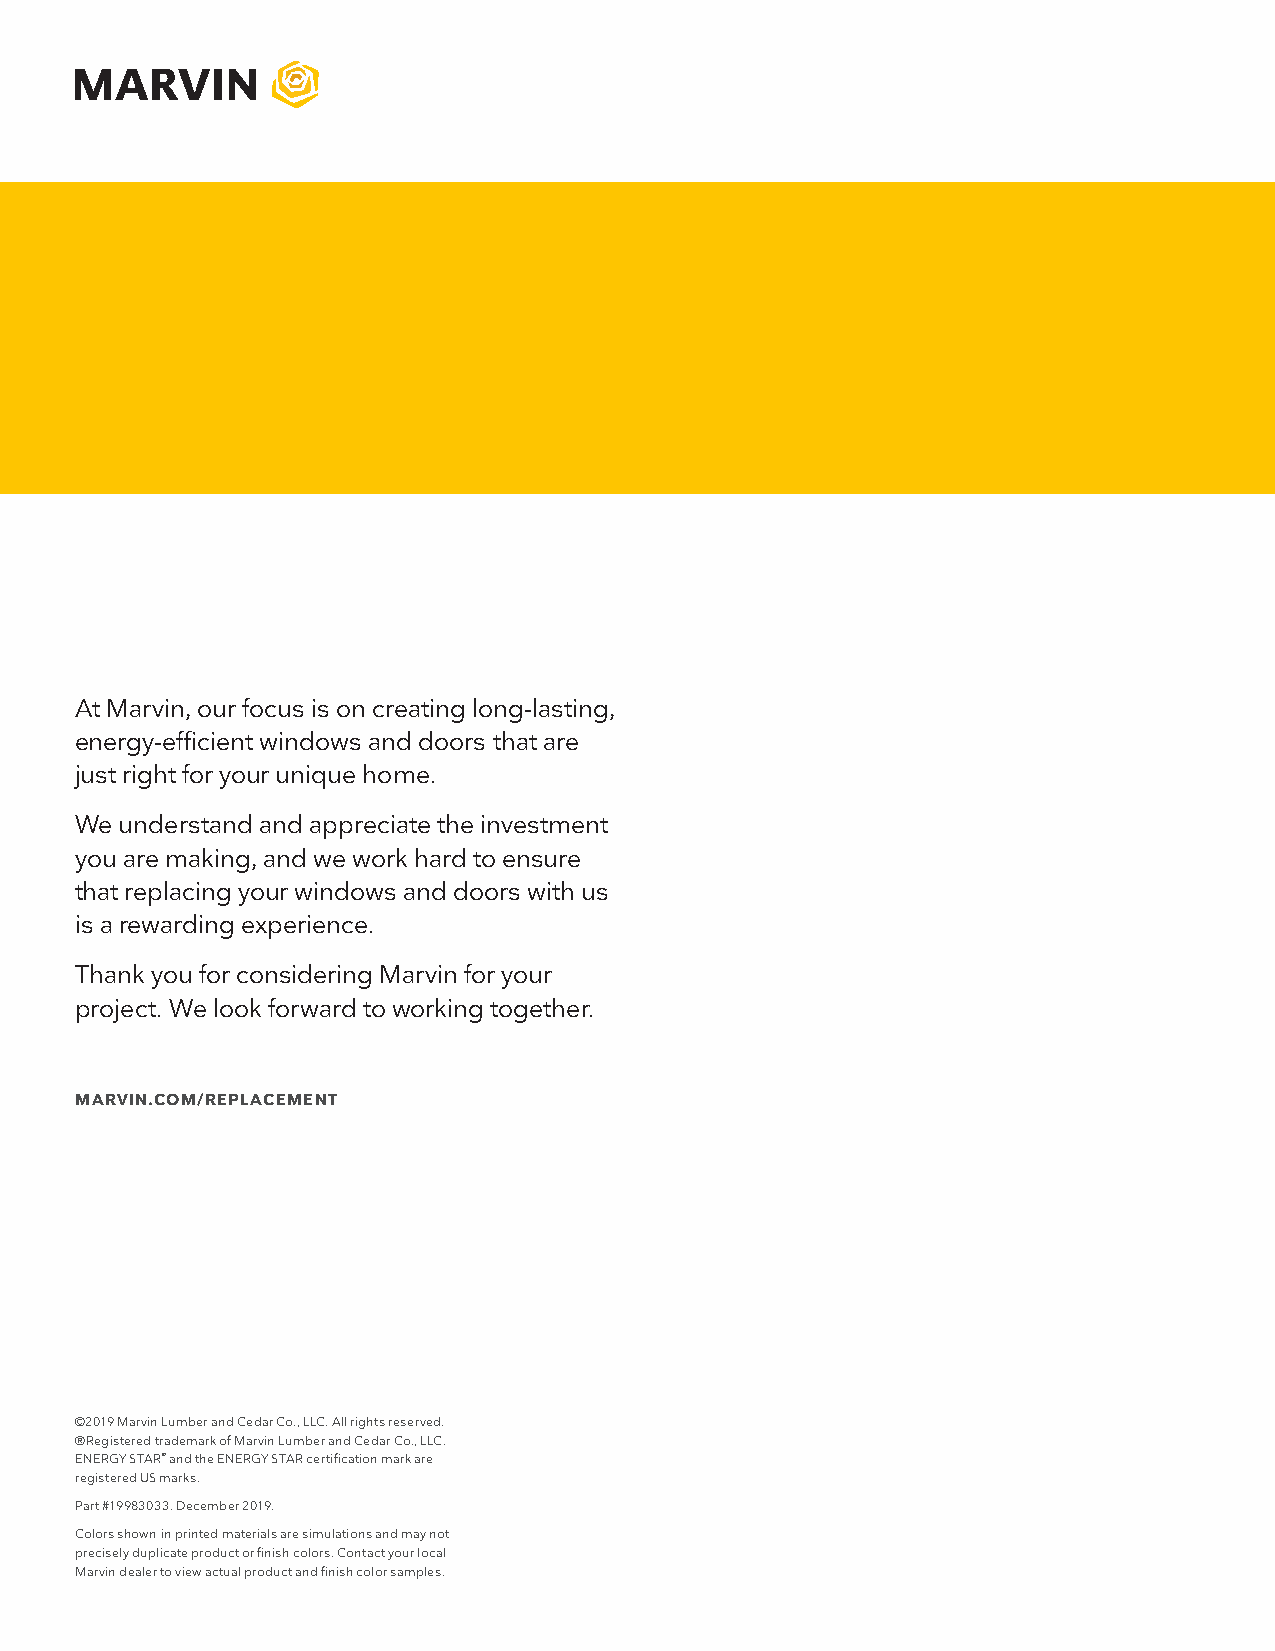
At Marvin, our focus is on creating long-lasting,
 energy-efficient windows and doors that are
 just right for your unique home.
 We understand and appreciate the investment
 you are making, and we work hard to ensure
 that replacing your windows and doors with us
 is a rewarding experience.
 Thank you for considering Marvin for your
 project. We look forward to working together.
 MARVIN.COM/REPLACEMENT
 ©2019 Marvin Lumber and Cedar Co., LLC. All rights reserved.
 ®Registered trademark of Marvin Lumber and Cedar Co., LLC.
 ENERGY STAR® and the ENERGY STAR certification mark are
 registered US marks.
 Part #19983033. December 2019.
 Colors shown in printed materials are simulations and may not
 precisely duplicate product or finish colors. Contact your local
 Marvin dealer to view actual product and finish color samples.